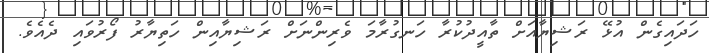
ހަދައިގެން އުޅޭ ރަޝިޔާއަށް ތާއީދުކުރާ ހަނގުރާމަ ވެރިންނަށް ރަޝިޔާއިން ހަތިޔާރު ފޯރުވައި ދެއެވެ.